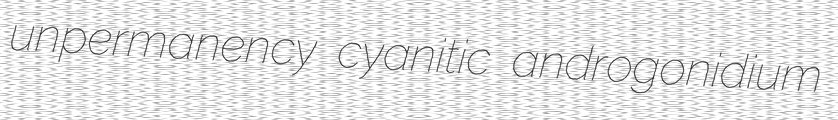
unpermanency cyanitic androgonidium